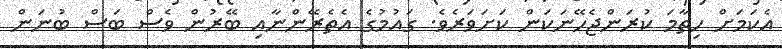
އެކަމަށް ހިތާމަ ކުރަންޖެހޭނަކަން ކަށަވަރެވެ. ގައުމުގެ އެތެރޭންނާއި ބޭރުން ވެސް ބަސް ބުނަން